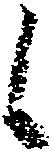
候